Vaccination in Burma 1920-1933 - 1920-1933
Year: 1920
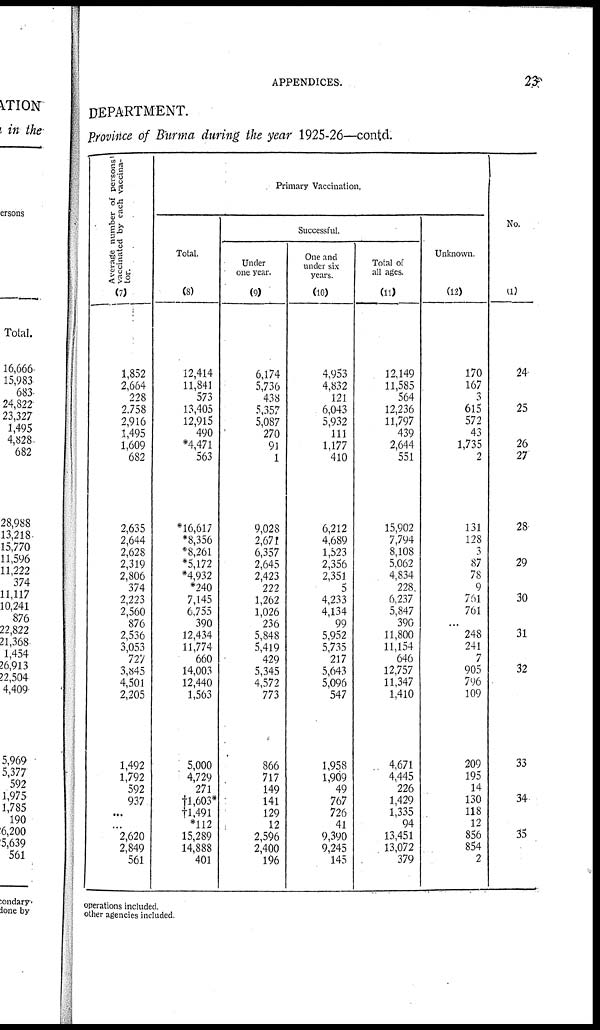
APPENDICES.
23
DEPARTMENT.
Province of Burma during the year 1925-26—contd.
Average number of persons
vaccinated by each vaccina-
tor.
(7)
1,852
2,664
228
2,758
2,916
1,495
1,609
682
2,635
2,644
2,628
2,319
2,806
374
2,223
2,560
876
2,536
3,053
727
3,845
4,501
2,205
1,492
1,792
592
937
...
2,620
2,849
561
Primary Vaccination.
Total.
(8)
12,414
11,841
573
13,405
12,915
490
*4,471
563
*16,617
*8,356
*8,261
*5,172
*4,932
*240
7,145
6,755
390
12,434
11,774
660
14,003
12,440
1,563
5,000
4,729
271
†1,603*
†1,491
*112
15,289
14,888
401
Successful.
Under
one year.
(9)
6,174
5,736
438
5,357
5,087
270
91
1
9,028
2,671
6,357
2,645
2,423
222
1,262
1,026
236
5,848
5,419
429
5,345
4,572
773
866
717
149
141
129
12
2,596
2,400
196
One and
under six
years.
(10)
4,953
4,832
121
6,043
5,932
111
1,177
410
6,212
4,689
1,523
2,356
2,351
5
4,233
4,134
99
5,952
5,735
217
5,643
5,096
547
1,958
1,909
49
767
726
41
9,390
9,245
145
Total of
all ages.
(11)
12,149
11,585
564
12,236
11,797
439
2,644
551
15,902
7,794
8,108
5,062
4,834
228
6,237
5,847
390
11,800
11,154
646
12,757
11,347
1,410
4,671
4,445
226
1,429
1,335
94
13,451
13,072
379
Unknown.
(12)
170
167
3
615
572
43
1,735
2
131
128
3
87
78
9
761
761
...
248
241
7
905
796
109
209
195
14
130
118
12
856
854
2
No.
(1)
24
25
26
27
28
29
30
31
32
33
34
35
operations included.
other agencies included.